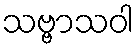
သဗ္ဗာသဝါ